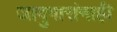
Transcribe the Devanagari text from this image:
जादुगारांनाही